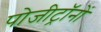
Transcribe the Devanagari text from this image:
पोजीट्रॉनों